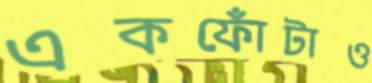
একফোঁটাও